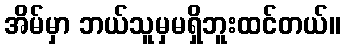
အိမ်မှာ ဘယ်သူမှမရှိဘူးထင်တယ်။